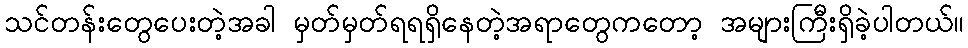
သင်တန်းတွေပေးတဲ့အခါ မှတ်မှတ်ရရရှိနေတဲ့အရာတွေကတော့ အများကြီးရှိခဲ့ပါတယ်။